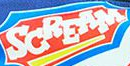
SCREAM